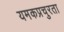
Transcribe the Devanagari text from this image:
यमकप्रचुरता